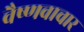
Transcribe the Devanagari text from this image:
वैष्णवाचार